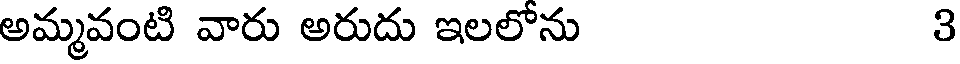
అమ్మవంటి వారు అరుదు ఇలలోను 3